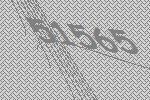
51565